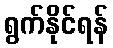
ရွက်နိုင်ရန်